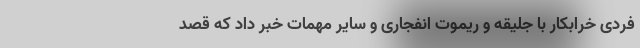
فردی خرابکار با جلیقه و ریموت انفجاری و سایر مهمات خبر داد که قصد